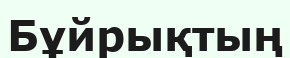
Бұйрықтың